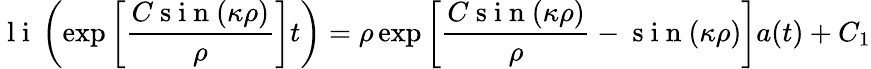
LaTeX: \mathrm{~l~i~}\left(\exp\left[{\frac{C\mathrm{~s~i~n~}(\kappa\rho)}{\rho}}\right]t\right)=\rho\exp\left[\frac{C\mathrm{~s~i~n~}(\kappa\rho)}{\rho}-\mathrm{~s~i~n~}(\kappa\rho)\right]a(t)+C_{1}